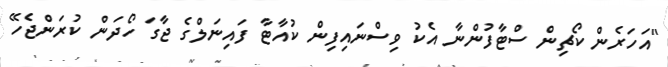
"އަހަރެން ކޯޗިން ސްޓާފުންނާ އެކު ވިސްނައިފިން ކުއާޓާ ފައިނަލްގެ ޖާގަ ހޯދަން ކުރަންޖެހޭ